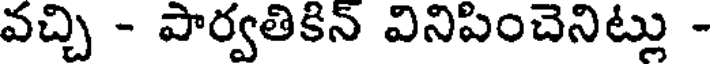
వచ్చి - పార్వతికిన్ వినిపించెనిట్లు -